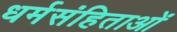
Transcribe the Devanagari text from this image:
धर्मसंहिताओं